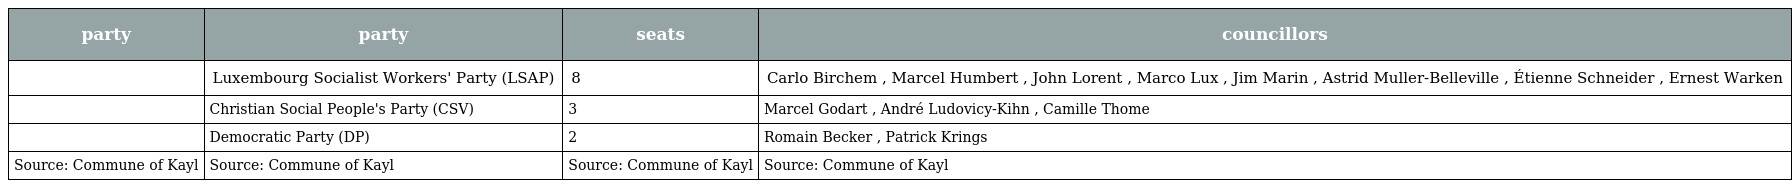
| party | party | seats | councillors |
 | --- | --- | --- | --- |
 |  | Luxembourg Socialist Workers' Party (LSAP) | 8 | Carlo Birchem , Marcel Humbert , John Lorent , Marco Lux , Jim Marin , Astrid Muller-Belleville , Étienne Schneider , Ernest Warken |
 |  | Christian Social People's Party (CSV) | 3 | Marcel Godart , André Ludovicy-Kihn , Camille Thome |
 |  | Democratic Party (DP) | 2 | Romain Becker , Patrick Krings |
 | Source: Commune of Kayl | Source: Commune of Kayl | Source: Commune of Kayl | Source: Commune of Kayl |